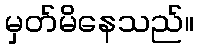
မှတ်မိနေသည်။